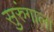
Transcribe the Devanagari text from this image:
सुरुंगाला